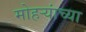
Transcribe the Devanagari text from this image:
मोहऱ्यांच्या